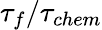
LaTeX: \tau_{f}/\tau_{chem}